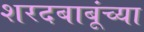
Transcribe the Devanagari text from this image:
शरदबाबूंच्या